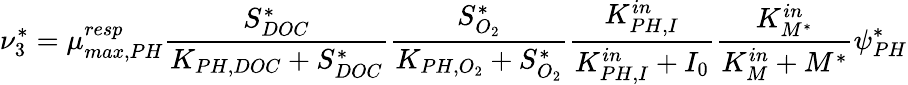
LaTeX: \nu_{3}^{*}=\mu_{max,PH}^{resp}\frac{S_{DOC}^{*}}{K_{PH,DOC}+S_{DOC}^{*}}\frac{S_{O_{2}}^{*}}{K_{PH,O_{2}}+S_{O_{2}}^{*}}\frac{K_{PH,I}^{in}}{K_{PH,I}^{in}+I_{0}}\frac{K_{M^{*}}^{in}}{K_{M}^{in}+M^{*}}\psi_{PH}^{*}